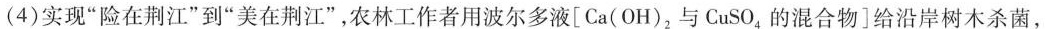
(4)实现”险在荆江”到”美在荆江”，农林工作者用波尔多液[Ca(OH)_{2}与CuSO_{4}的混合物]给沿岸树木杀菌，